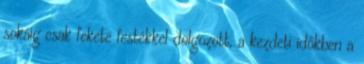
sokáig csak fekete festékkel dolgozott, a kezdeti időkben a